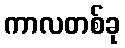
ကာလတစ်ခု